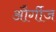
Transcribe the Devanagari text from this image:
और्गीज